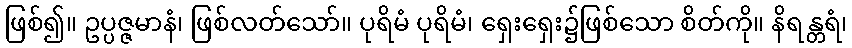
ဖြစ်၍။ ဥပ္ပဇ္ဇမာနံ၊ ဖြစ်လတ်သော်။ ပုရိမံ ပုရိမံ၊ ရှေးရှေး၌ဖြစ်သော စိတ်ကို။ နိရန္တရံ၊